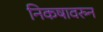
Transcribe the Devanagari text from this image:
निकषावरुन